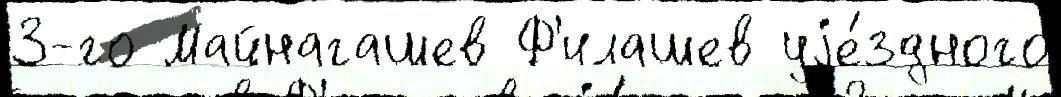
3-го Майнагашев Ф'илашев уjе́здного